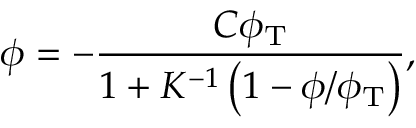
\phi = - \frac { C \phi _ { \mathrm { T } } } { 1 + K ^ { - 1 } \left( 1 - \phi / \phi _ { \mathrm { T } } \right) } ,